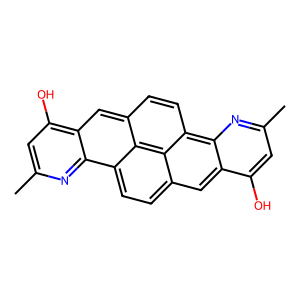
SMILES: Cc1cc(O)c2cc3ccc4c5nc(C)cc(O)c5cc5ccc(c2n1)c3c54
Inhibits HIV replication: No